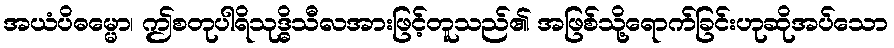
အယံပိဓမ္မော၊ ဤစတုပါရိသုဒ္ဓိသီလအားဖြင့်တူသည်၏ အဖြစ်သို့ရောက်ခြင်းဟုဆိုအပ်သော